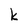
Character: k